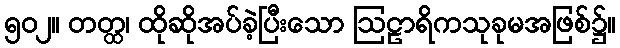
၅၀၂။ တတ္ထ၊ ထိုဆိုအပ်ခဲ့ပြီးသော ဩဠာရိကသုခုမအဖြစ်၌။